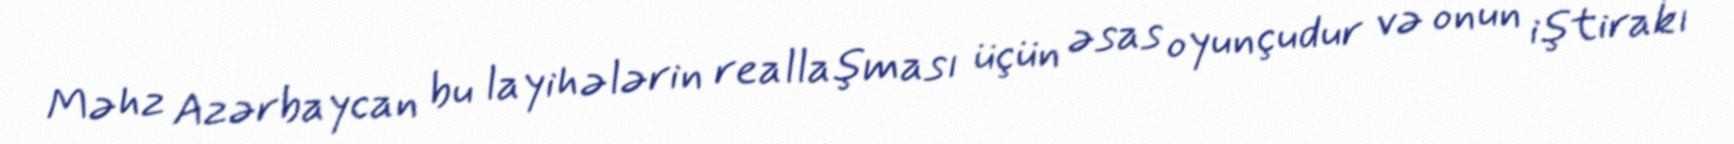
Məhz Azərbaycan bu layihələrin reallaşması üçün əsas oyunçudur və onun iştirakı